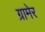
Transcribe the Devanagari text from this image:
ग्रामेर